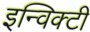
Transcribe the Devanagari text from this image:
इन्विक्टी